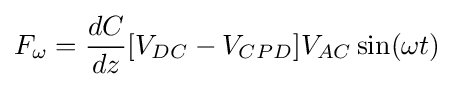
F_{\omega }={\frac {dC}{dz}}[V_{DC}-V_{CPD}]V_{AC}\sin(\omega t)